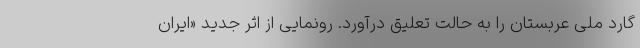
گارد ملی عربستان را به حالت تعلیق درآورد. رونمایی از اثر جدید «ایران